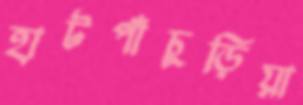
হাটপাঁচুড়িয়া